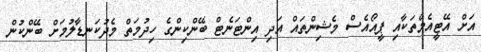
އަށް އޭޓީއެމްތަކާއި ޕީއޯއެސް މެޝިންތައް އަދި އިންޓަނެޓް ބޭންކިންގެ ހިދުމަތް މެދުކަނޑާލުމަށް ބޭންކުން